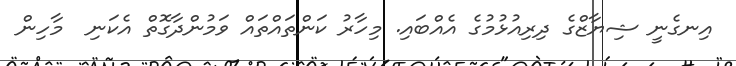
އިނގެނީ ޝިޔާޒްގެ ދިރިއުޅުމުގެ އެއްބައި. މިހާރު ކަންތައްތައް ވަމުންދާގޮތް އެކަނި  މާހިން